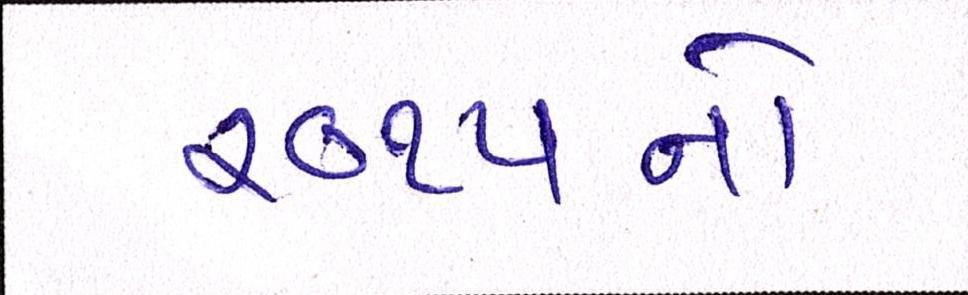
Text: ૨૦૧૫નો